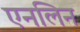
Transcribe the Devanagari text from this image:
एनलिन